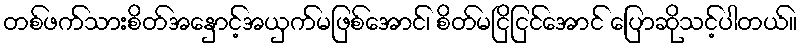
တစ်ဖက်သားစိတ်အနှောင့်အယှက်မဖြစ်အောင်၊ စိတ်မငြိငြင်အောင် ပြောဆိုသင့်ပါတယ်။